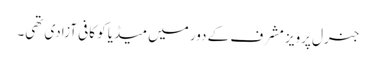
جنرل پرویز مشرف کے دور میں میڈیا کو کافی آزادی تھی۔